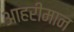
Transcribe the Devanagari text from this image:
आहरीमान